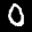
Label: 0